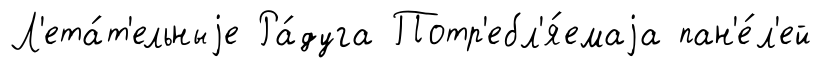
Л'ета́т'ельныjе Ра́дуга Потр'ебл'я́емаjа пан'е́л'ей